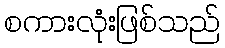
စကားလုံးဖြစ်သည်